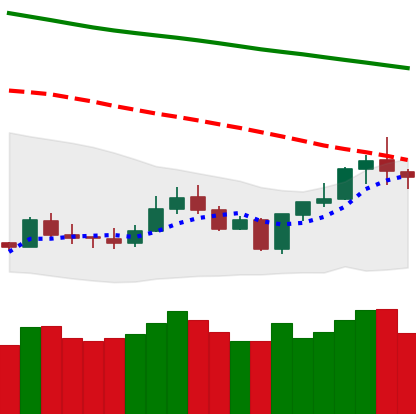
Ticker: LTC-USD
Chart end date: 2020-01-09
Forward return: 29.331%
Label: up_7plus